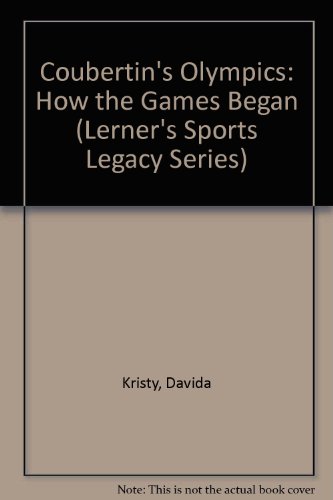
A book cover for Coubertin's Olympics: How the Games Began (Lerner's Sports Legacy Series); Davida Kristy; Children's Books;